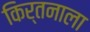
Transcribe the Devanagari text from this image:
किर्तनाला